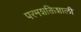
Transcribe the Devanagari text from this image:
परमशक्तिशाली